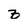
Character: z